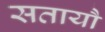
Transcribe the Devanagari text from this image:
सतायौ